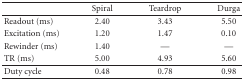
<table><thead><tr><td></td><td><b>Spiral</b></td><td><b>Teardrop</b></td><td><b>Durga</b></td></tr></thead><tbody><tr><td>Readout (ms)</td><td>2.40</td><td>3.43</td><td>5.50</td></tr><tr><td>Excitation (ms)</td><td>1.20</td><td>1.47</td><td>0.10</td></tr><tr><td>Rewinder (ms)</td><td>1.40</td><td>—</td><td>—</td></tr><tr><td>TR (ms)</td><td>5.00</td><td>4.93</td><td>5.60</td></tr><tr><td>Duty cycle</td><td>0.48</td><td>0.78</td><td>0.98</td></tr></tbody></table>